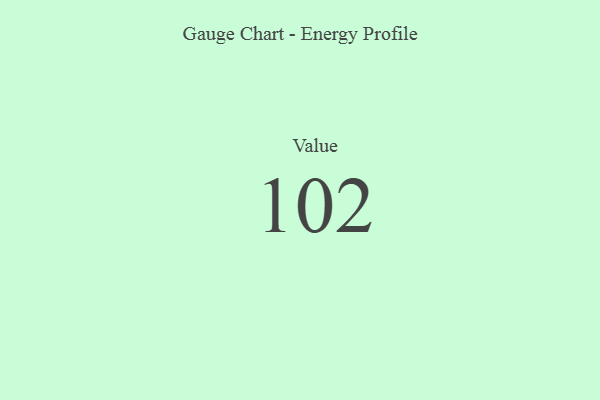
{"axis": {"x": "Metric", "y": "Value"}, "legend": [""], "data": [{"x": "Value", "y": 102, "type": ""}]}